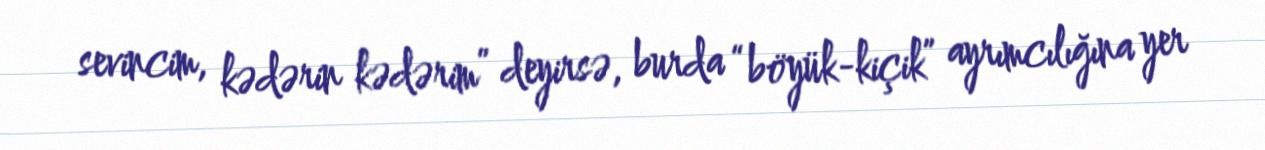
sevincim, kədərin kədərim” deyirsə, burda “böyük-kiçik” ayrımcılığına yer